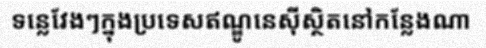
ទន្លេវែងៗក្នុងប្រទេសឥណ្ឌូនេស៊ីស្ថិតនៅកន្លែងណា